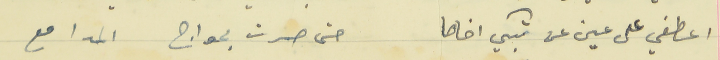
اعطفي على عين عن تبكي اخاها                              حتى صرت بمواج المدامع